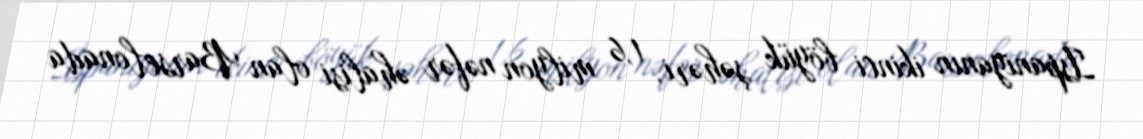
İspaniyanın ikinci böyük şəhəri, 1,6 milyon nəfər əhalisi olan Barselonada